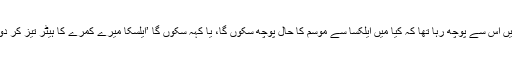
میں اس سے پوچھ رہا تھا کہ کیا میں ایلکسا سے موسم کا حال پوچھ سکوں گا، یا کہہ سکوں گا ’ایلسکا میرے کمرے کا ہیٹر تیز کر دو؟